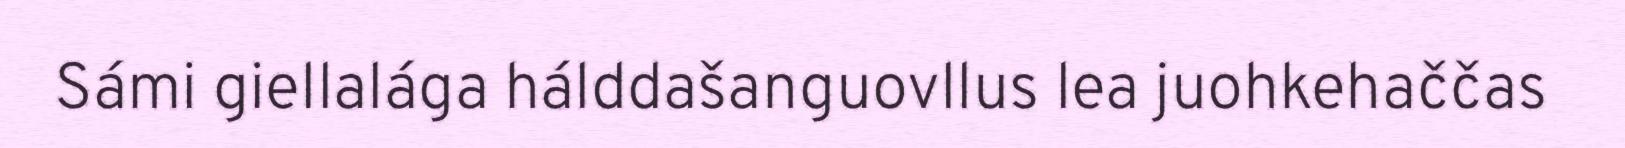
Sámi giellalága hálddašanguovllus lea juohkehaččas